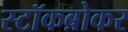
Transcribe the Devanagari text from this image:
स्टॉकब्रोकर